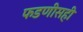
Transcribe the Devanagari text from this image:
फडणीसही